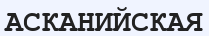
АСКАНИЙСКАЯ